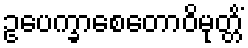
ဥပေက္ခာစေတောဝိမုတ္တိံ